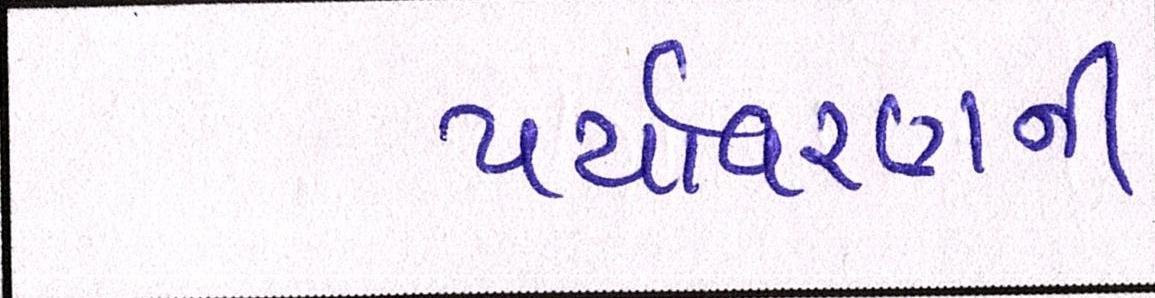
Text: પર્યાવરણની